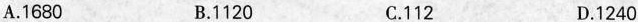
A.1680 B.1120 C.112 D.1240